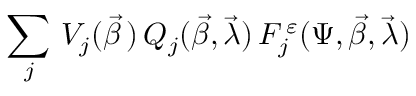
\sum _ { j } \, V _ { j } ( \vec { \beta } \, ) \, Q _ { j } ( \vec { \beta } , \vec { \lambda } ) \, F _ { j } ^ { \, \varepsilon } ( \Psi , \vec { \beta } , \vec { \lambda } )